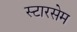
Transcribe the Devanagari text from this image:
स्टारसेम